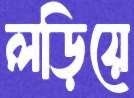
লড়িয়ে